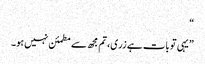
“
”یہی تو بات ہے زری، تم مجھ سے مطمئن نہیں ہو۔